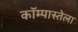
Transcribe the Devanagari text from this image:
कॉम्पास्तेला